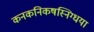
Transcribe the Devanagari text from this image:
कनकनिकषस्निग्धया